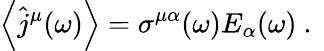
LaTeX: \left\langle\hat{j}^{\mu}(\omega)\right\rangle=\sigma^{\mu\alpha}(\omega)E_{\alpha}(\omega)\mathrm{~.~}